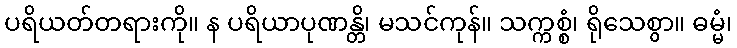
ပရိယတ်တရားကို။ န ပရိယာပုဏန္တိ၊ မသင်ကုန်။ သက္ကစ္စံ၊ ရိုသေစွာ။ ဓမ္မံ၊